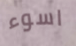
اسوء